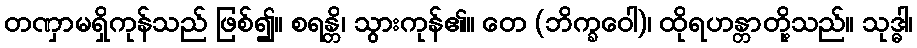
တဏှာမရှိကုန်သည် ဖြစ်၍။ စရန္တိ၊ သွားကုန်၏။ တေ (ဘိက္ခဝေါ)၊ ထိုရဟန္တာတို့သည်။ သုဒ္ဓါ၊